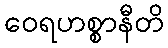
ဝေရဟစ္စာနီတိ